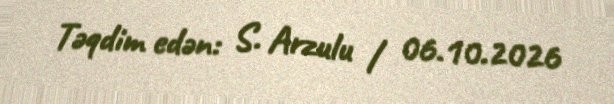
Təqdim edən: S. Arzulu / 06.10.2026